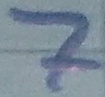
Text: 7